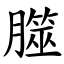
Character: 㭀